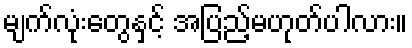
မျက်လုံးတွေနှင့် အပြည့်မဟုတ်ပါလား။